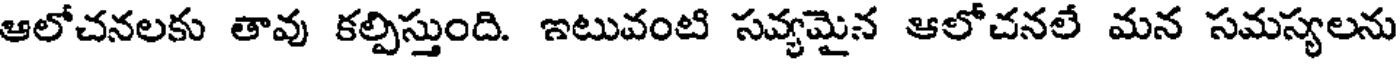
ఆలోచనలకు తావు కల్పిస్తుంది. ఇటువంటి సవ్యమైన ఆలోచనలే మన సమస్యలను